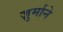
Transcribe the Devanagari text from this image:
ज़ुर्माने